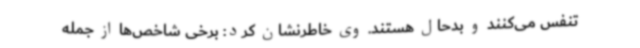
تنفس می‌کنند و بدحال هستند. وی خاطرنشان کرد: برخی شاخص‌ها از جمله